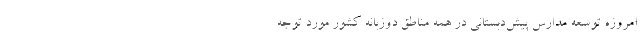
امروزه توسعه مدارس پیش‌دبستانی در همه مناطق دوزبانه کشور مورد توجه